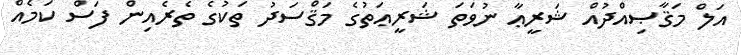
އަލް މަޤާޞިއްދުއް ޝަރީޢާ ނުވަތަ ޝަރީޢަތުގެ މަޤްސަދު ތަކުގެ ތެރެއިން ފަސް ކަމެއް